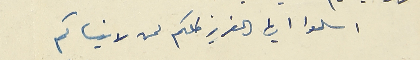
اسلموا ايها العزيز كلكم لمن لا ينساكم